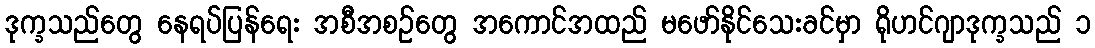
ဒုက္ခသည်တွေ နေရပ်ပြန်ရေး အစီအစဉ်တွေ အကောင်အထည် မဖော်နိုင်သေးခင်မှာ ရိုဟင်ဂျာဒုက္ခသည် ၁